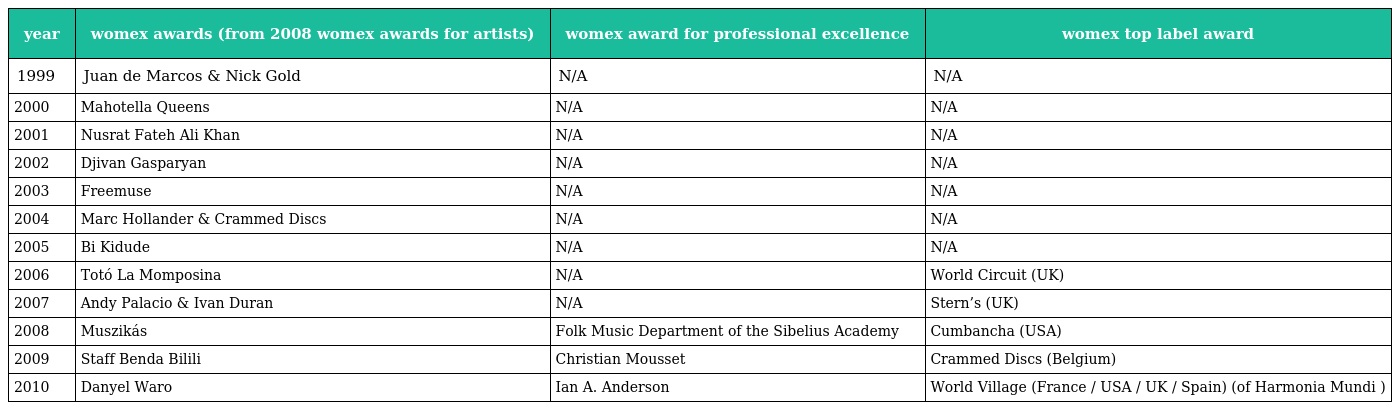
| year | womex awards (from 2008 womex awards for artists) | womex award for professional excellence | womex top label award |
 | --- | --- | --- | --- |
 | 1999 | Juan de Marcos & Nick Gold | N/A | N/A |
 | 2000 | Mahotella Queens | N/A | N/A |
 | 2001 | Nusrat Fateh Ali Khan | N/A | N/A |
 | 2002 | Djivan Gasparyan | N/A | N/A |
 | 2003 | Freemuse | N/A | N/A |
 | 2004 | Marc Hollander & Crammed Discs | N/A | N/A |
 | 2005 | Bi Kidude | N/A | N/A |
 | 2006 | Totó La Momposina | N/A | World Circuit (UK) |
 | 2007 | Andy Palacio & Ivan Duran | N/A | Stern’s (UK) |
 | 2008 | Muszikás | Folk Music Department of the Sibelius Academy | Cumbancha (USA) |
 | 2009 | Staff Benda Bilili | Christian Mousset | Crammed Discs (Belgium) |
 | 2010 | Danyel Waro | Ian A. Anderson | World Village (France / USA / UK / Spain) (of Harmonia Mundi ) |